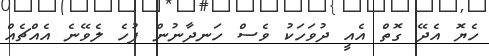
ހެޔޮ އެދޭ ގޮތް އެއީ ދުވަހަކު ވެސް ހަނދާނުން ފުހެ ލެވޭނެ އެެއްޗެއް